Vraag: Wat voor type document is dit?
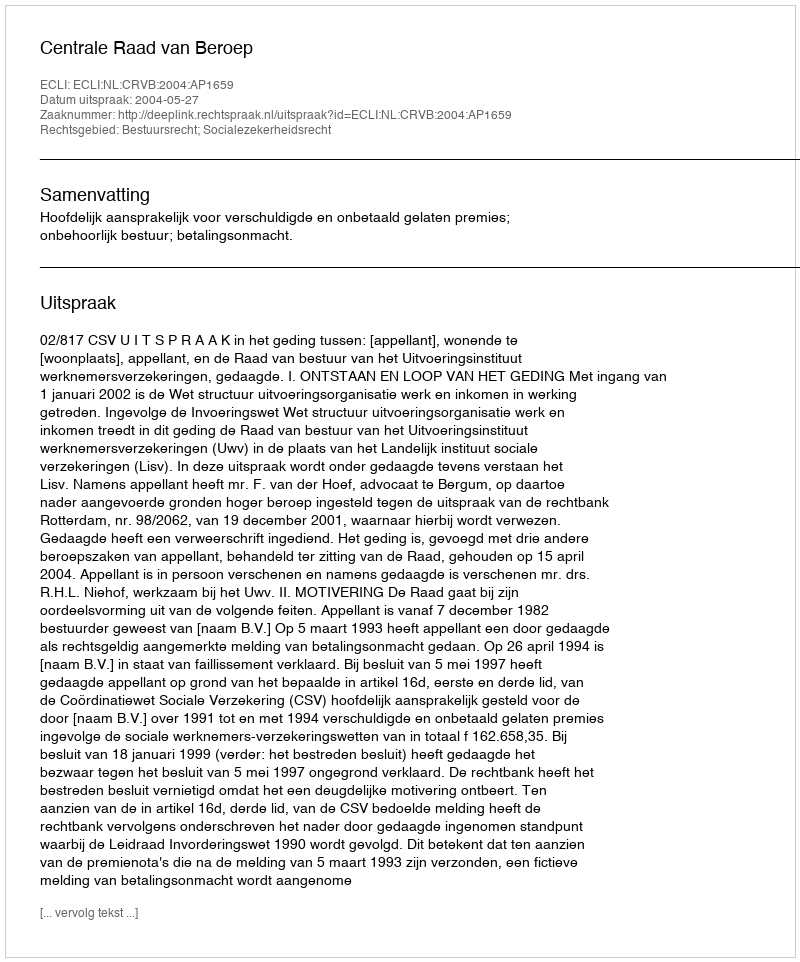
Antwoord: Uitspraak